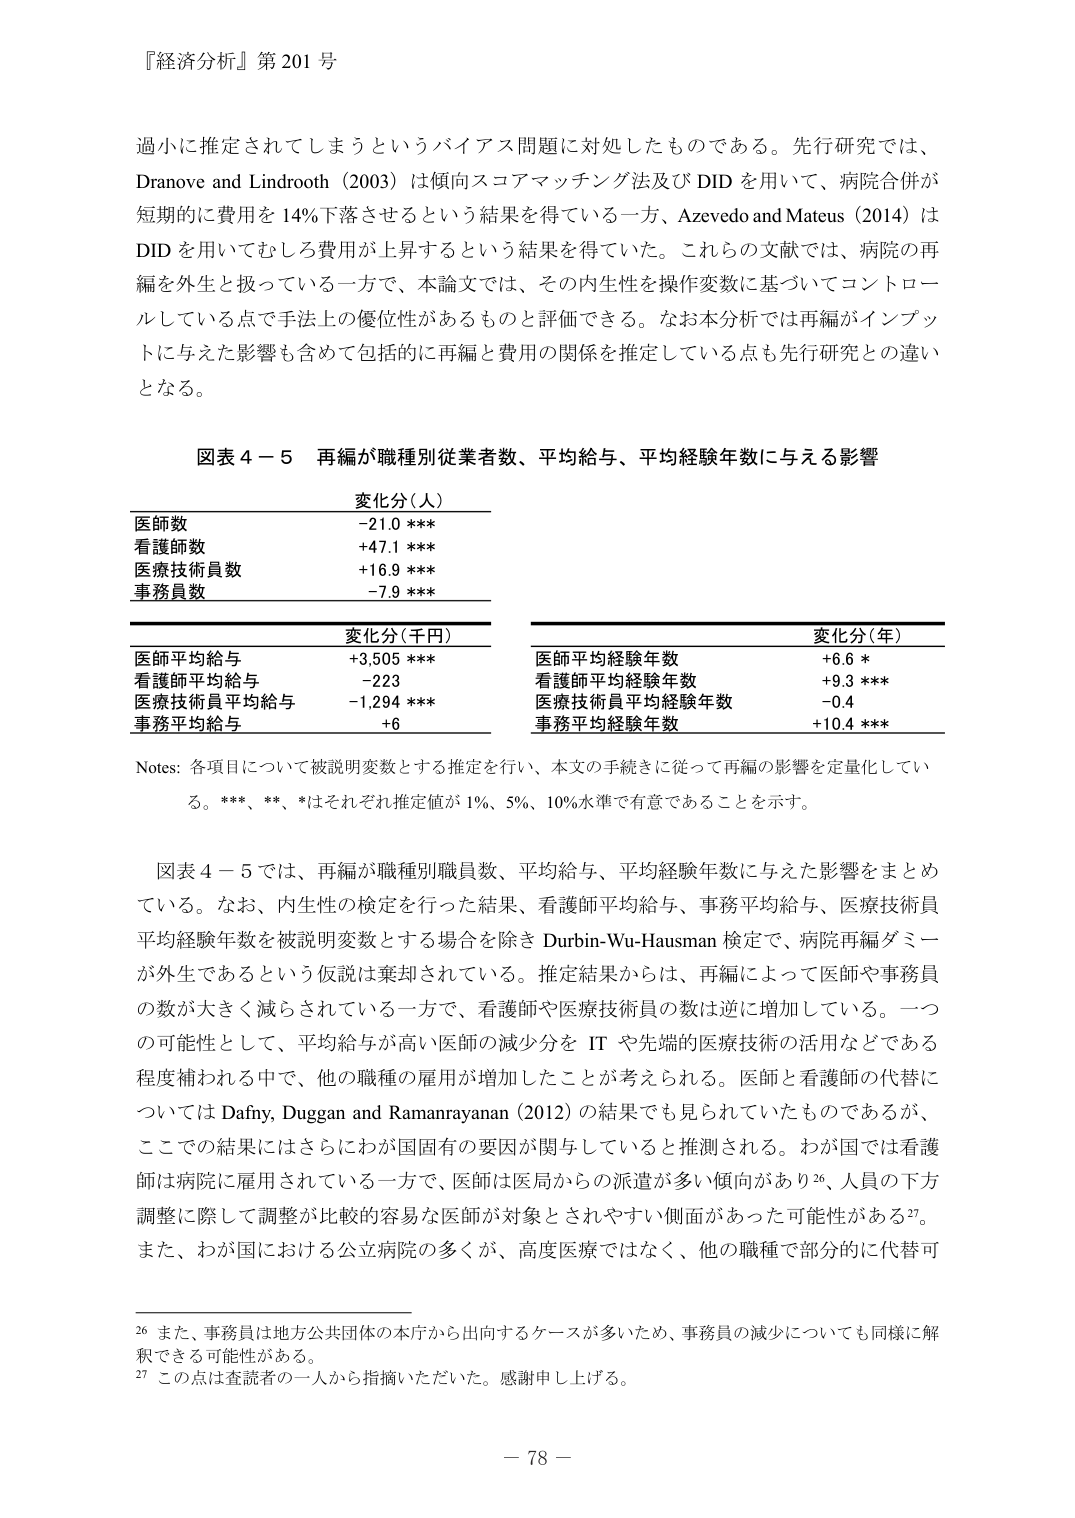
『経済分析』第201号

過小に推定されてしまうというバイアス問題に対処したものである。先行研究では、Dranove and Lindrooth（2003）は傾向スコアマッチング法及びDIDを用いて、病院合併が短期的に費用を14％下落させるという結果を得ている一方、Azevedo and Mateus（2014）はDIDを用いてむしろ費用が上昇するという結果を得ていた。これらの文献では、病院の再編を外生と扱っている一方で、本論文では、その内生性を操作変数に基づいてコントロールしている点で手法上の優位性があるものと評価できる。なお本分析では再編がインプットに与えた影響も含めて包括的に再編と費用の関係を推定している点も先行研究との違いとなる。

図表4－5 再編が職種別従業者数、平均給与、平均経験年数に与える影響

変化分（人）
医師数 -21.0 ***
看護師数 +47.1 ***
医療技術員数 +16.9 ***
事務員数 -7.9 ***

変化分（千円）
医師平均給与 +3,505 ***
看護師平均給与 -223
医療技術員平均給与 -1,294 ***
事務平均給与 +6

変化分（年）
医師平均経験年数 +6.6 *
看護師平均経験年数 +9.3 ***
医療技術員平均経験年数 -0.4
事務平均経験年数 +10.4 ***

Notes: 各項目について被説明変数とする推定を行い、本文の手続きに従って再編の影響を定量化している。***、**、*はそれぞれ推定値が1％、5％、10％水準で有意であることを示す。

図表4－5では、再編が職種別職員数、平均給与、平均経験年数に与えた影響をまとめている。なお、内生性の検定を行った結果、看護師平均給与、事務平均給与、医療技術員平均経験年数を被説明変数とする場合を除きDurbin-Wu-Hausman検定で、病院再編ダミーが外生であるという仮説は棄却されている。推定結果からは、再編によって医師や事務員の数が大きく減らされている一方で、看護師や医療技術員の数は逆に増加している。一つの可能性として、平均給与が高い医師の減少分をITや先端的医療技術の活用などである程度補われる中で、他の職種の雇用が増加したことが考えられる。医師と看護師の代替についてはDafny, Duggan and Ramanarayanan（2012）の結果でも見られていたものであるが、ここでの結果にはさらにわが国固有の要因が関与していると推測される。わが国では看護師は病院に雇用されている一方で、医師は医局からの派遣が多い傾向があり26、人員の下方調整に際して調整が比較的容易な医師が対象とされやすい側面があった可能性がある27。また、わが国における公立病院の多くが、高度医療ではなく、他の職種で部分的に代替可

26 また、事務員は地方公共団体の本庁から出向するケースが多いため、事務員の減少についても同様に解釈できる可能性がある。
27 この点は査読者の一人から指摘いただいた。感謝申し上げる。

－78－